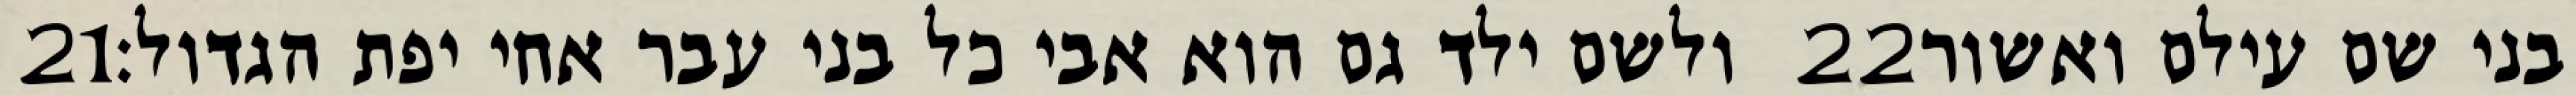
‎21‏ ולשם ילד גם הוא אבי כל בני עבר אחי יפת הגדול׃ ‎22‏ בני שם עילם ואשור